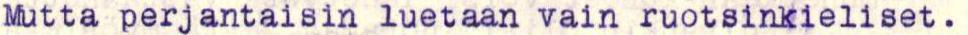
Mutta perjantaisin luetaan vain ruotsinkieliset.